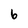
Character: 6